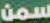
سمن